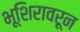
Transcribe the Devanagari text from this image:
भूशिरावरून